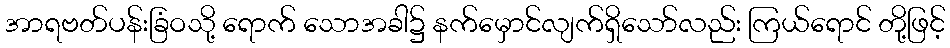
အာရဗတ်ပန်းခြံဝသို့ ရောက် သောအခါ၌ နက်မှောင်လျက်ရှိသော်လည်း ကြယ်ရောင် တို့ဖြင့်